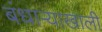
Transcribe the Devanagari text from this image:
बंधाऱ्याखाली